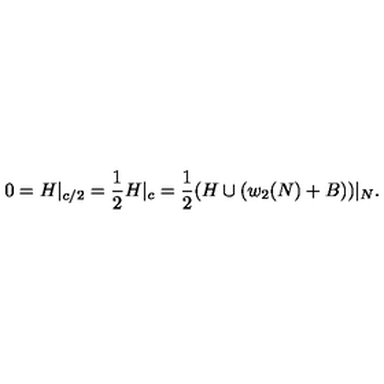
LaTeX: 0 = H | _ { c / 2 } = \frac { 1 } { 2 } H | _ { c } = \frac { 1 } { 2 } ( H \cup ( w _ { 2 } ( N ) + B ) ) | _ { N } .